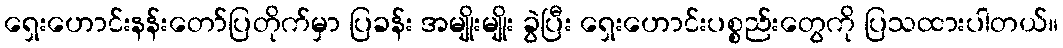
ရှေးဟောင်းနန်းတော်ပြတိုက်မှာ ပြခန်း အမျိုးမျိုး ခွဲပြီး ရှေးဟောင်းပစ္စည်းတွေကို ပြသထားပါတယ်။